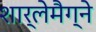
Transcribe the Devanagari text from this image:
शार्लेमैग्ने